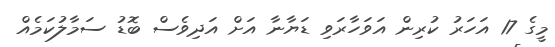
މީގެ 17 އަހަރު ކުރިން އަވަހާރަވި ޑަޔާނާ އަށް އަދިވެސް ބޮޑު ސަމާލުކަމެއް